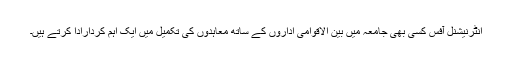
انٹرنیشنل آفس کسی بھی جامعہ میں بین الاقوامی اداروں کے ساتھ معاہدوں کی تکمیل میں ایک اہم کردارادا کرتے ہیں۔